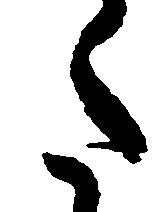
た